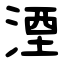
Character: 湮